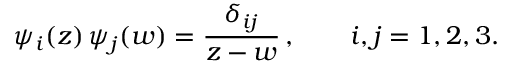
\psi _ { i } ( z ) \, \psi _ { j } ( w ) = \frac { \delta _ { i j } } { z - w } \, , \qquad i , j = 1 , 2 , 3 .